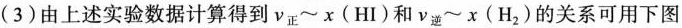
(3)由上述实验数据计算得到ν_{正}~x(HI)和ν_{逆}~x(H_{2})的关系可用下图